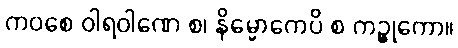
ကဝစေ ဝါရဝါဏေ စ၊ နိမ္မောကေပိ စ ကဉ္စုကော။